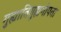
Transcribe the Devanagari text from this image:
गुह्यातिगुह्यगोपता